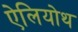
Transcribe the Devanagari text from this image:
ऐलियोथ